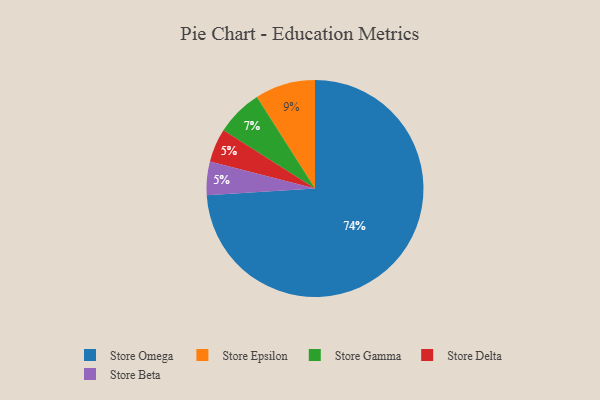
{"axis": {"x": "Category", "y": "Percentage"}, "legend": ["Store Beta", "Store Delta", "Store Epsilon", "Store Gamma", "Store Omega"], "data": [{"x": "Store Delta", "y": 5, "type": "Store Delta"}, {"x": "Store Omega", "y": 74, "type": "Store Omega"}, {"x": "Store Beta", "y": 5, "type": "Store Beta"}, {"x": "Store Epsilon", "y": 9, "type": "Store Epsilon"}, {"x": "Store Gamma", "y": 7, "type": "Store Gamma"}]}